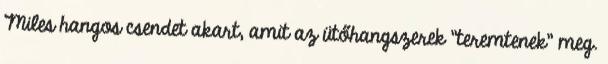
Miles hangos csendet akart, amit az ütőhangszerek "teremtenek" meg.